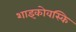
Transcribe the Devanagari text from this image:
शाइकोवस्कि